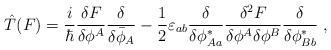
LaTeX: \begin{align*}\hat{T}(F)=\frac{i}{\hbar}\frac{\delta F}{\delta\phi^A} \frac{\delta}{\delta\bar{\phi}_A}-\frac{1}{2}\varepsilon_{ab} \frac{\delta}{\delta\phi^*_{Aa}}\frac{\delta^2F}{\delta\phi^A \delta\phi^B}\frac{\delta}{\delta\phi^*_{Bb}}\;,\end{align*}